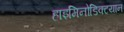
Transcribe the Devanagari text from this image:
हाइमिनोडिक्टयान